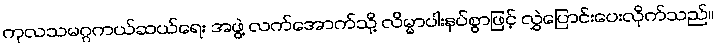
ကုလသမဂ္ဂကယ်ဆယ်ရေး အဖွဲ့ လက်အောက်သို့ လိမ္မာပါးနပ်စွာဖြင့် လွှဲပြောင်းပေးလိုက်သည်။